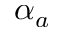
\alpha _ { a }